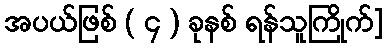
အပယ်ဖြစ် ( ၄ ) ခုနစ် ရန်သူကြိုက်]